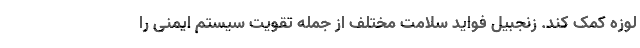
لوزه کمک کند. زنجبیل فواید سلامت مختلف از جمله تقویت سیستم ایمنی را